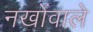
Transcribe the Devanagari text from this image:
नखोंवाले